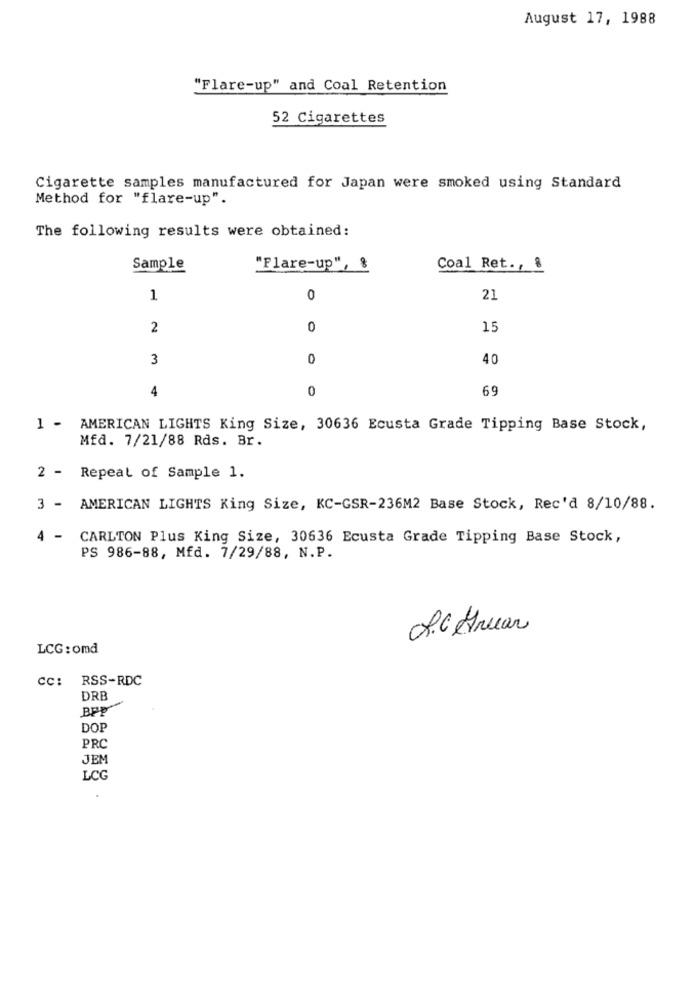
August 17, 1988
"Flare-up" and Coal Retention
52 Cigarettes
Cigarette samples manufactured for Japan were smoked using Standard
Method for "flare-up".
The following results were obtained:
Sample
"Flare-up", 8
Coal Ret ., 8
1
0
21
2
0
15
3
0
40
4
0
69
1 - AMERICAN LIGHTS King Size, 30636 Ecusta Grade Tipping Base Stock,
Mfd. 7/21/88 Rds. Br.
2 - Repeat of Sample 1.
3 - AMERICAN LIGHTS King Size, KC-GSR-236M2 Base Stock, Rec'd 8/10/88.
4 - CARLTON Plus King Size, 30636 Ecusta Grade Tipping Base Stock,
PS 986-88, Mfd. 7/29/88, N.P.
S.C. Anuar
LCG: omd
cc: RSS-RDC
DRB
BPP
DOP
PRC
JEM
LCG